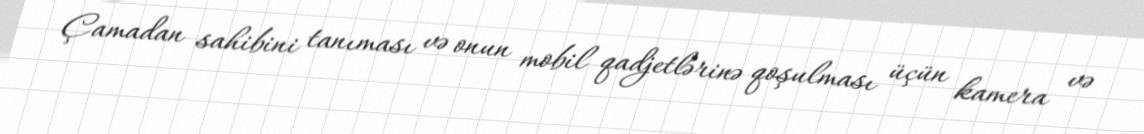
Çamadan sahibini tanıması və onun mobil qadjetlərinə qoşulması üçün kamera və